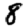
Digit: 8